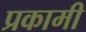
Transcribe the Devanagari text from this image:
प्रकामी